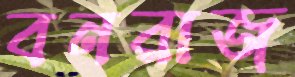
বনরাজ